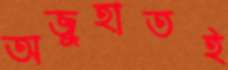
অজুহাতই